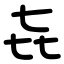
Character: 㐂